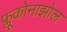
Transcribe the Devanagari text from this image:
फ्लूकोनाझोल